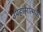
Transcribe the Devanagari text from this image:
उपहांसात्मक